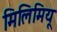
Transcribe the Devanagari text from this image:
मिलिमियू